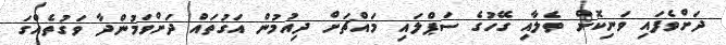
ދަށްވެފައި ވަނިކޮށް ތެލާއި ގޭހުގެ ސަޕްލައި މައްޗަށް ދިއުމުން އަގުތައް ދަށްވަމުންދާ ވަގުތެއްގަ